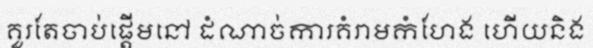
គួរតែចាប់ផ្តើមនៅ ដំណាច់ការគំរាមកំហែង ហើយនិង